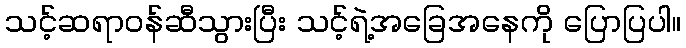
သင့်ဆရာဝန်ဆီသွားပြီး သင့်ရဲ့အခြေအနေကို ပြောပြပါ။